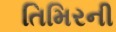
તિમિરની